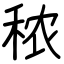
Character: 秾